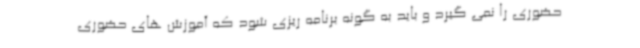
حضوری را نمی گیرد و باید به گونه برنامه ریزی شود که آموزش های حضوری